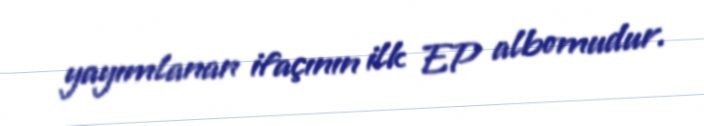
yayımlanan ifaçının ilk EP albomudur.